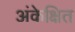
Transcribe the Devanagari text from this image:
अंकेक्षित